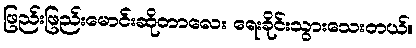
ဖြည်းဖြည်းမောင်းဆိုတာလေး ရေးခိုင်းသွားသေးတယ်။